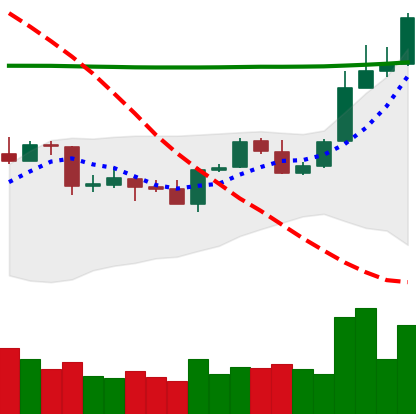
Ticker: ADA-USD
Chart end date: 2020-04-26
Forward return: 11.729%
Label: up_7plus